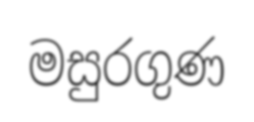
මසුරගුණ